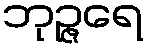
ဘုဉ္ဇရေ